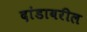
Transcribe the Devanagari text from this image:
दांडावरील